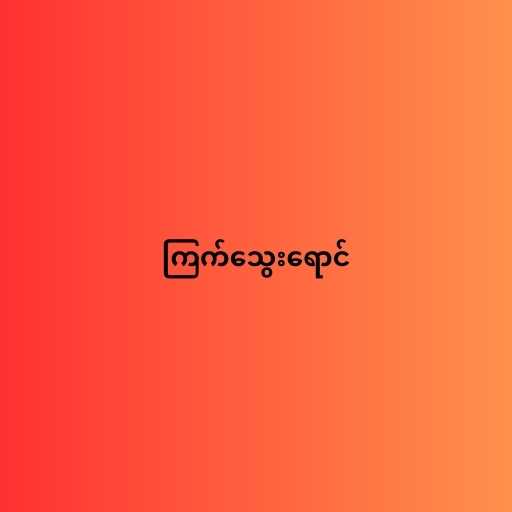
ကြက်သွေးရောင်